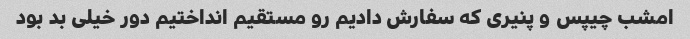
امشب چیپس و پنیری که سفارش دادیم رو مستقیم انداختیم دور خیلی بد بود